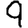
Digit: 9